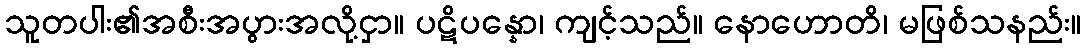
သူတပါး၏အစီးအပွားအလို့ငှာ။ ပဋိပန္နော၊ ကျင့်သည်။ နောဟောတိ၊ မဖြစ်သနည်း။